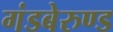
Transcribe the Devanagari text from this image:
गंडबेरुण्ड